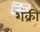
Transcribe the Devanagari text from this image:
शक्री